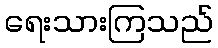
ရေးသားကြသည်